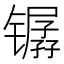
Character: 𫔏